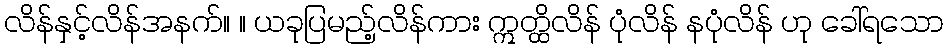
လိန်နှင့်လိန်အနက်။ ။ ယခုပြမည့်လိန်ကား ဣတ္ထိလိန် ပုံလိန် နပုံလိန် ဟု ခေါ်ရသော